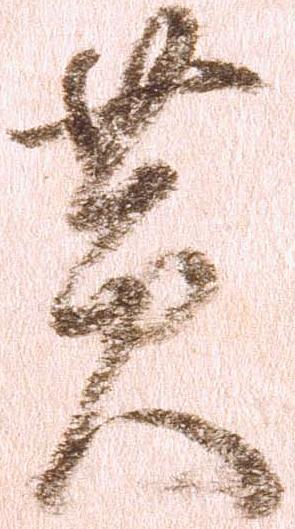
黄